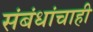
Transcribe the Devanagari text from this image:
संबंधांचाही